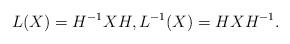
LaTeX: \begin{align*} L(X) = H^{-1} X H, L^{-1} (X) = HX H^{-1}. \end{align*}